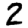
Digit: 2